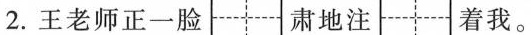
2.王老师正一脸 肃地注 着我。